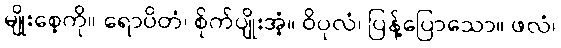
မျိုးစေ့ကို။ ရောပိတံ၊ စိုက်ပျိုးအံ့။ ဝိပုလံ၊ ပြန့်ပြောသော။ ဖလံ၊